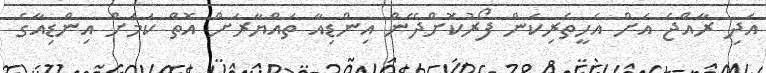
އަދި ރާއްޖެ އަށް އެހީތެރިކަން ފޯރުކޮށްދޭން އިންޑިއާ ތައްޔާރަށް އޮތް ކަމަށް އިންޑިއާގެ